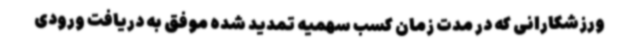
ورزشکارانی که در مدت زمان کسب سهمیه تمدید شده موفق به دریافت ورودی